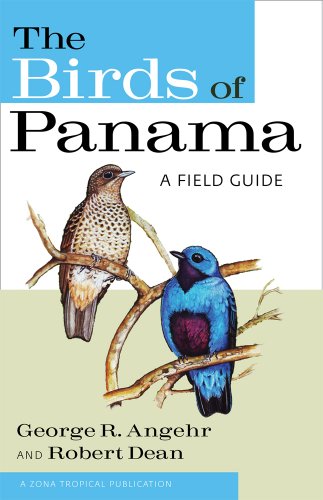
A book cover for The Birds of Panama: A Field Guide (Zona Tropical Publications); George R. Angehr; Science & Math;